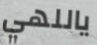
ياللهي